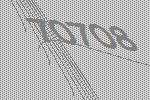
70708